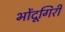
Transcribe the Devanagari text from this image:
भोंदूगिरी